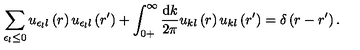
\sum _ { \epsilon _ { l } \leq 0 } u _ { \epsilon _ { l } l } \left( r \right) u _ { \epsilon _ { l } l } \left( r ^ { \prime } \right) + \int _ { 0 + } ^ { \infty } \frac { \mathrm { d } k } { 2 \pi } u _ { k l } \left( r \right) u _ { k l } \left( r ^ { \prime } \right) = \delta \left( r - r ^ { \prime } \right) .